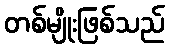
တစ်မျိုးဖြစ်သည်